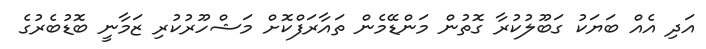
އަދި އެއް ބަޔަކު ގަބޫލުކުރާ ގޮތުން މަންޑޭމެން ތައާރަފްކޮށް މަޝްހޫރުކުރި ޒަމާނީ ބޮޑުބެރުގެ